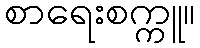
စာရေးစက္ကူ။